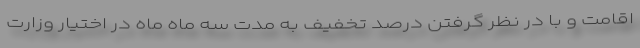
اقامت و با در نظر گرفتن درصد تخفیف به مدت سه ماه ماه در اختیار وزارت